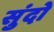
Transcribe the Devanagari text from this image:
सुंदो